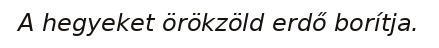
A hegyeket örökzöld erdő borítja.